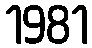
1981